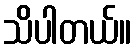
သိပါတယ်။